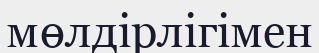
мөлдірлігімен